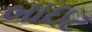
બાઇટ